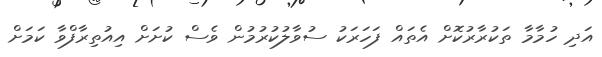
އަދި ހުމާމާ ތަކުރާރުކޮށް އެތައް ފަހަރަކު ސުވާލުކުރުމުން ވެސް ކުށަށް އިއުތިރާފްވާ ކަމަށް